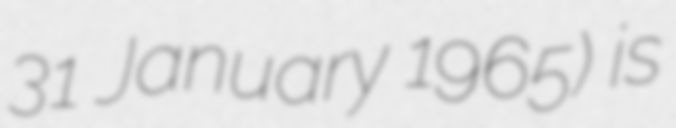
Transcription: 31 January 1965) is